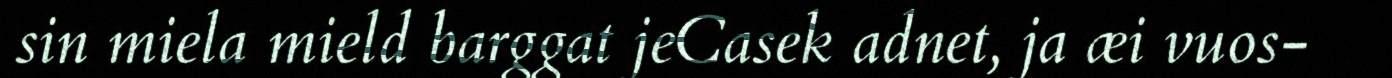
sin miela mield barggat jeCasek adnet, ja æi vuos-